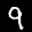
Label: 9